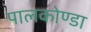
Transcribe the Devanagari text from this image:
पालकोण्डा